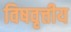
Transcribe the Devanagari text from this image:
विषवृत्तीय